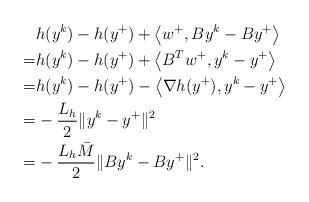
LaTeX: \begin{align*}&h(y^k) - h(y^+) + \big<w^+, By^k - By^+\big> \\= &h(y^k) - h(y^+) + \big<B^Tw^+, y^k - y^+\big> \\= &h(y^k) - h(y^+) - \big<\nabla h(y^+), y^k - y^+\big> \\= & -\frac{L_h}{2}\|y^k - y^+\|^2 \\= & -\frac{L_h\bar M}{2}\|By^k - By^+\|^2.\end{align*}